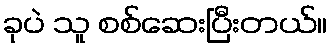
ခုပဲ သူ စစ်ဆေးပြီးတယ်။